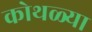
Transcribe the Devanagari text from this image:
कोथळ्या